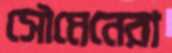
সৌমেনেরা